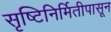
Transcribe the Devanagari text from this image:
सृष्टिनिर्मितीपासून